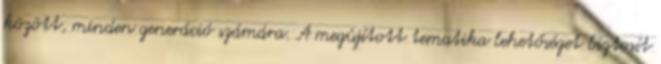
között, minden generáció számára. A megújított tematika lehetőséget biztosít